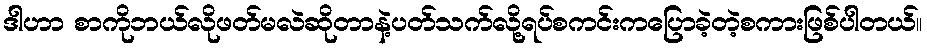
ဒါဟာ စာကိုဘယ်လိုဖတ်မလဲဆိုတာနဲ့ပတ်သက်လို့ရပ်စကင်းကပြောခဲ့တဲ့စကားဖြစ်ပါတယ်။